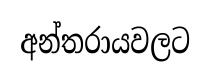
අන්තරායවලට